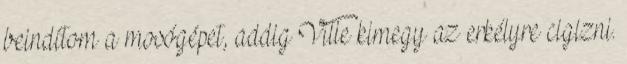
beindítom a mosógépet, addig Ville kimegy az erkélyre cigizni.